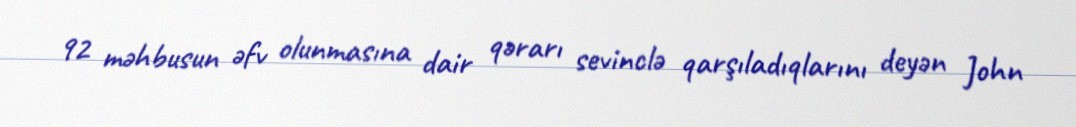
92 məhbusun əfv olunmasına dair qərarı sevinclə qarşıladıqlarını deyən John